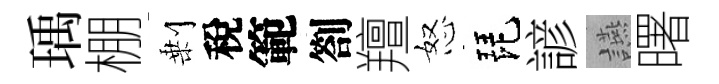
瑀棚剰稅範劄羶怒琵諺讌曙